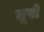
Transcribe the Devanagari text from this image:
ग्रूपो